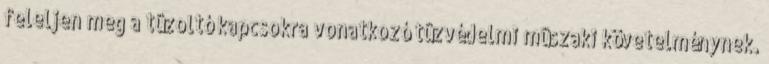
feleljen meg a tûzoltó kapcsokra vonatkozó tûzvédelmi mûszaki követelménynek.